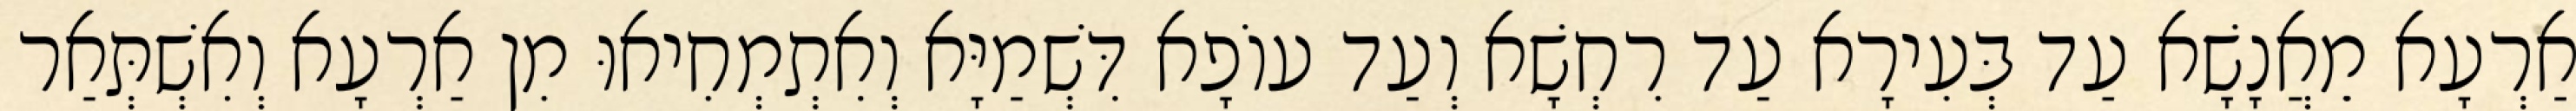
אַרְעָא מֵאֲנָשָׁא עַד בְּעִירָא עַד רִחְשָׁא וְעַד עוֹפָא דִּשְׁמַיָּא וְאִתְמְחִיאוּ מִן אַרְעָא וְאִשְׁתְּאַר